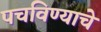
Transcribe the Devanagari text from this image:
पचविण्याचे